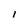
Character: I